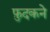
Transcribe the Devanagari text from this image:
फ़ुदकने